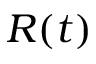
R ( t )